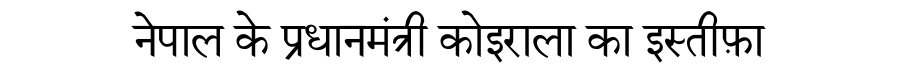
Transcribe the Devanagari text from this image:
नेपाल के प्रधानमंत्री कोइराला का इस्तीफ़ा